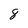
Character: 8